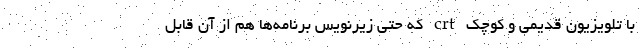
با تلویزیون قدیمی و کوچک crt که حتی زیرنویس برنامه‌ها هم از آن قابل